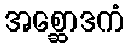
အစ္ဆောဒကံ